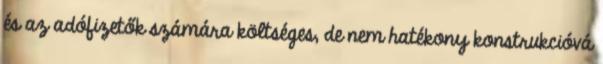
és az adófizetők számára költséges, de nem hatékony konstrukcióvá